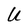
Character: U